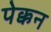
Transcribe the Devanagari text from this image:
पेक्कन